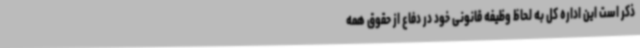
ذکر است این اداره کل به لحاظ وظیفه قانونی خود در دفاع از حقوق همه